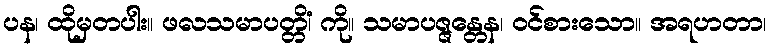
ပန၊ ထိုမှတပါး။ ဖလသမာပတ္တိံ၊ ကို။ သမာပဇ္ဇန္တေန၊ ဝင်စားသော။ အရဟတာ၊